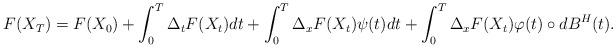
LaTeX: \begin{align*} F(X_{T})=F(X_{0})+\int_0^T \Delta_{t}F(X_{t}) dt + \int_0^T \Delta_{x}F(X_{t}) \psi(t) dt + \int_0^T \Delta_{x}F(X_{t})\varphi(t) \circ dB^{H}(t). \end{align*}